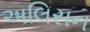
અલિસન